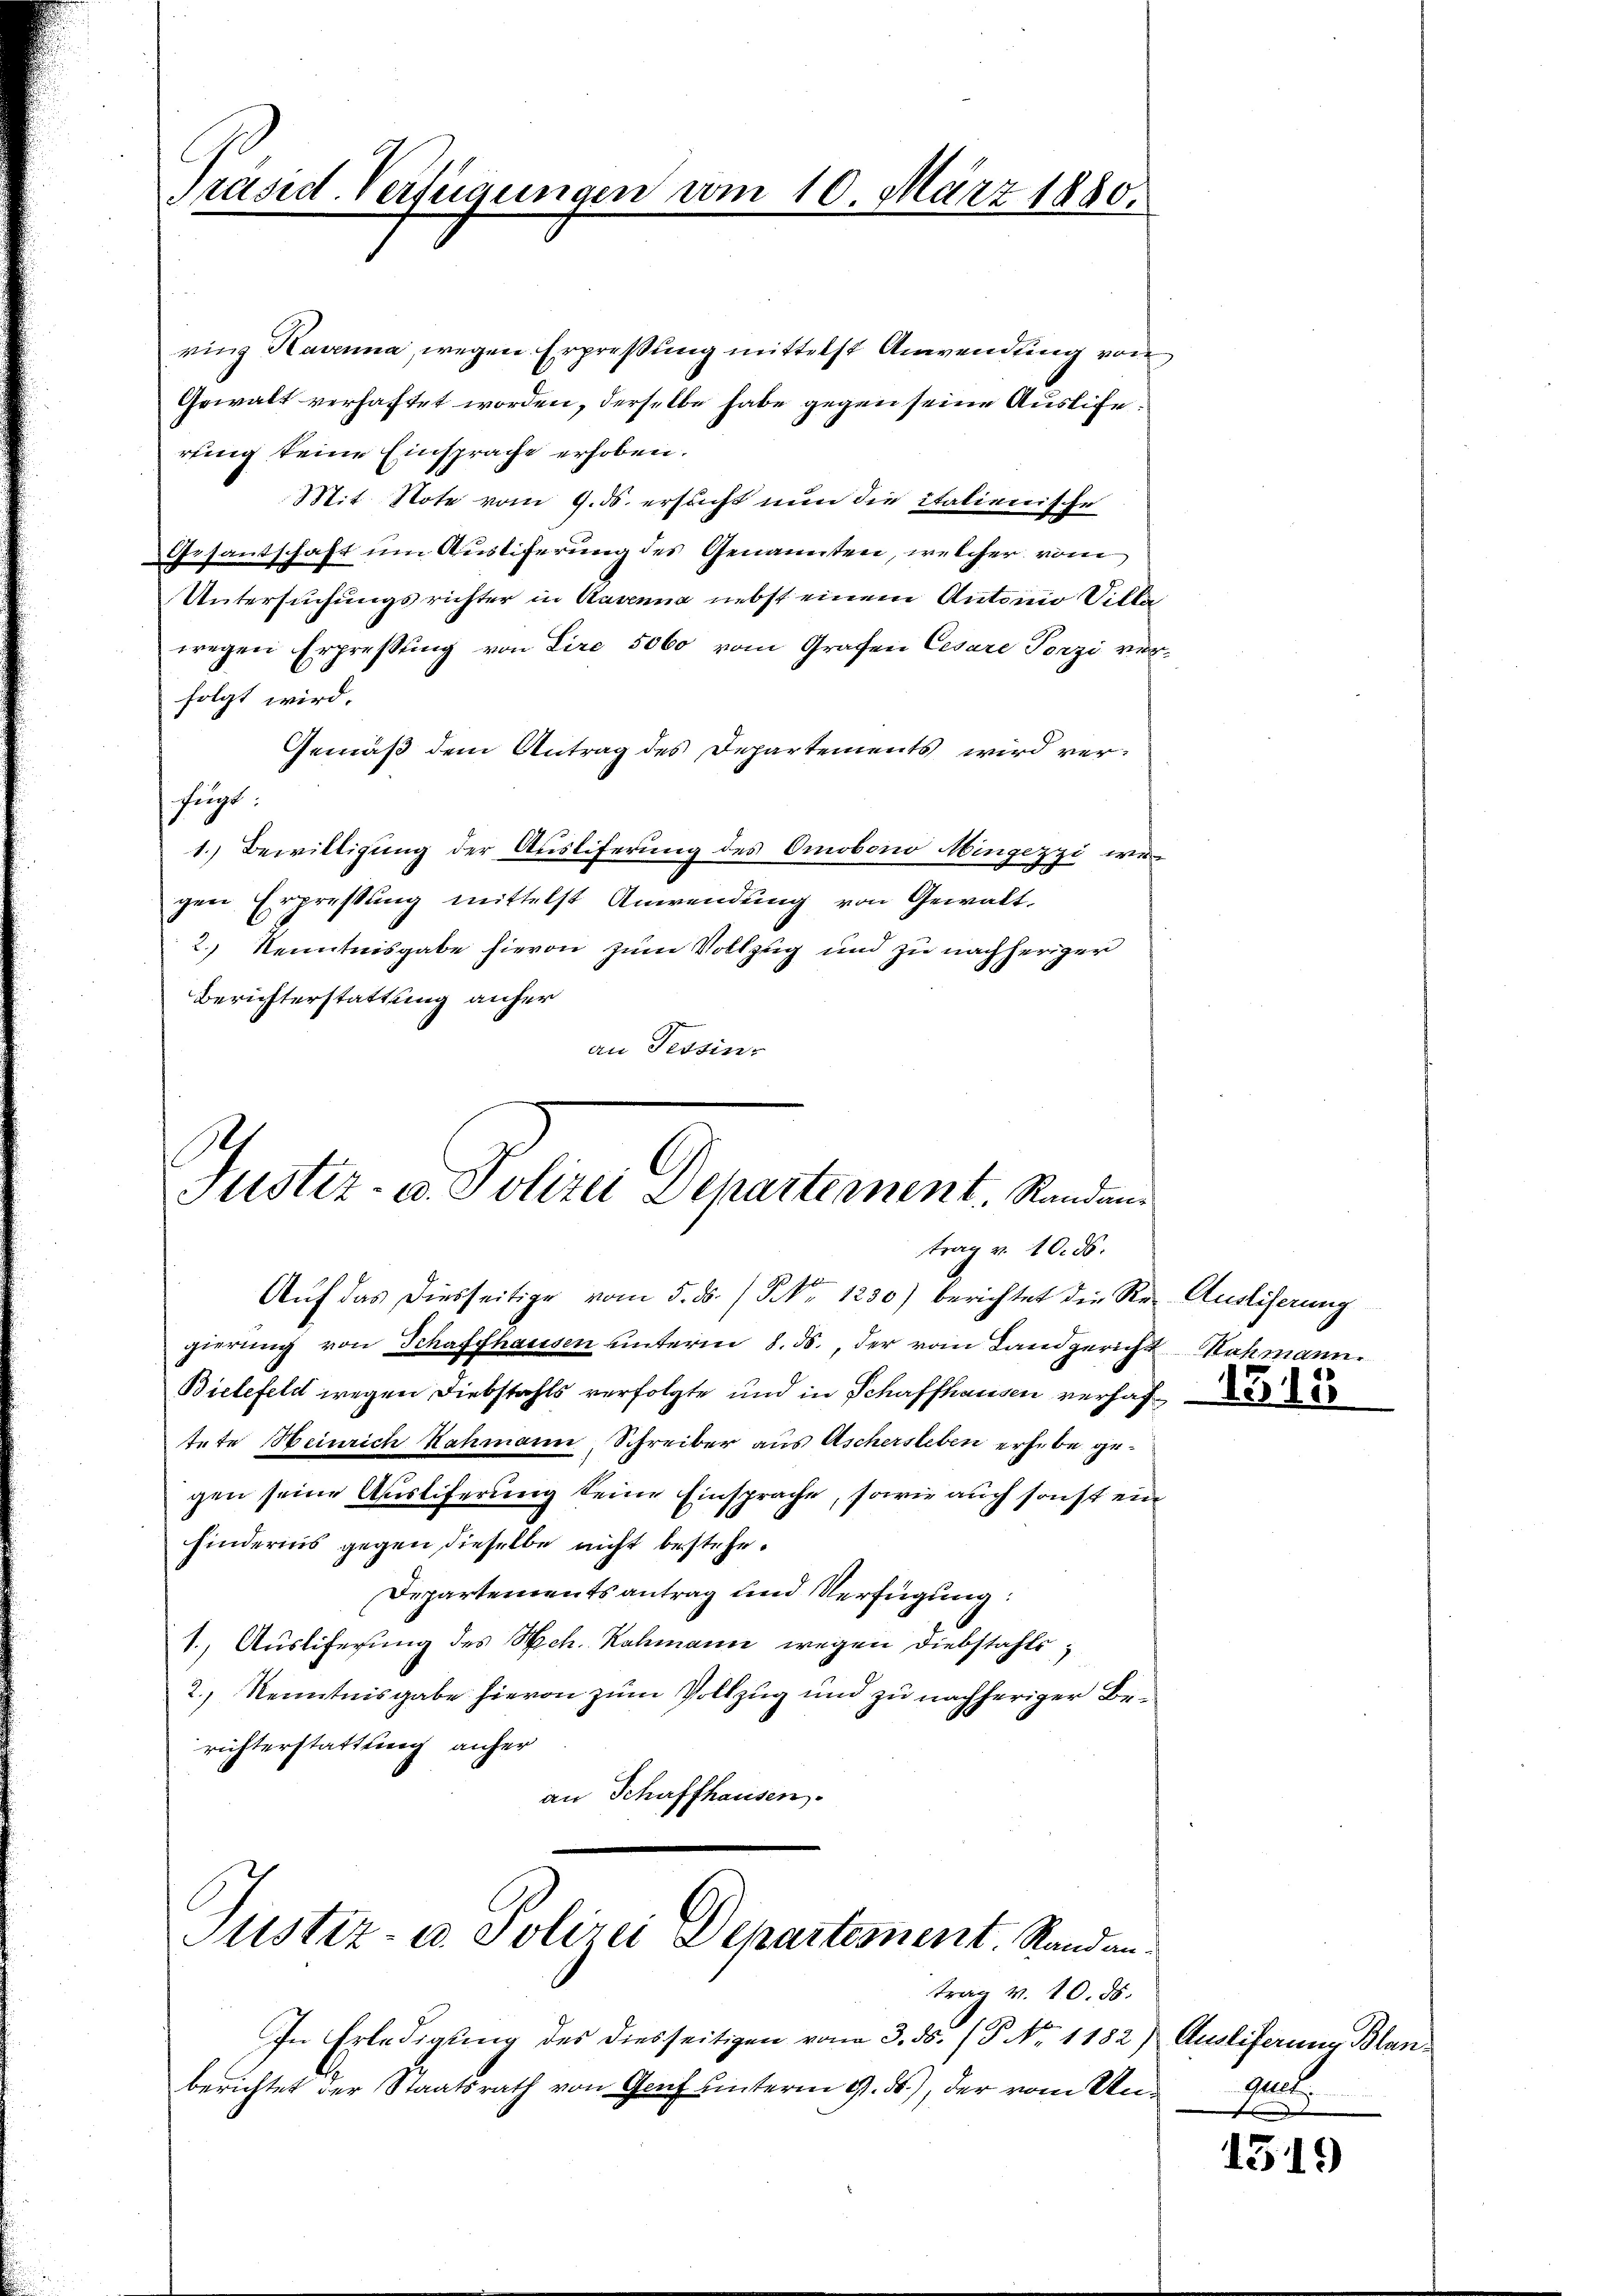
Präsid. Verfügungen am 10. März 1880.

ring Havenna, wegen Erpressung mittelst Anwendung von
Gewalt verhaftet worden, derselbe habe gegen seine Ausliferung keine Einsprache erhoben.
Mit Note vom 9. ds. ersucht nun die italienische
Gesantschaft um Austiferung des Genannten, welcher vom
Untersuchungsrichter in Rasenna nebst einem Antonio Villa
wegen Erpressung von Lire 5000 vom Grafen Cesare Porzi verfolgt wird.
Gemäß dem Antrag des Departements wird verfügt:
1. Bewilligung der Auslieferung des Omobono Mingezzi wegen Erpressung mittelst Anwendung von Gewalt¬
2.) Kenntnisgabe hievon zum Vollzug und zu nachheriger
Berichterstattung anher
an Tessin

A.
Justiz- u. Polizei Departement. Randantrag v. 10. ds.
Auf das diesseitige vom 5. ds. / P. Nr. 1230) berichtet die Re- Ausliserung

gierung von Schaffhausen unterm 8. ds., der vom Landgericht Sahmann.
Bielefeld wegen Diebstahls verfolgte und in Schaffhausen verhaf
tete Heinrich Kahmann, Schreiber aus Aschersleben erhebe gegen seine Ausliferung keine Einsprache, sowie auch sonst ein
hinderins gegen dieselbe nicht bestehe¬
Departements antrag und Verfügung:
1. Ausliferung des Sch. Rahmann wegen Diebstahls,
2.) Kenntnisgabe hievon zum Vollzug und zu nachheriger Berichterstattung anher
an Schaffhausen.

Justiz- u. Polizei Departement. Randan¬

trag v. 10. ds.

In Erledigung des diesseitigen von 3. ds. (T. No. 1182) Ausliferung Blanberichtet der Staatsrath von Genf unterm 9. ds.), der vom Un¬

amt.
.

1319